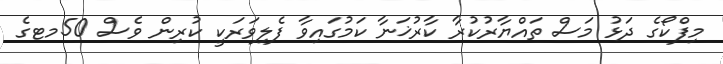
މިފްކޯގެ ދަޅު މަސް ތައްޔާރުކުރާ ކާރުޚަނާ ކަމުގައިވާ ފެލިވަރަކީ ކުރިން ވެސް 50މޓގެ